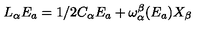
L _ { \alpha } E _ { a } = 1 / 2 C _ { \alpha } E _ { a } + { \omega _ { \alpha } ^ { \beta } } ( E _ { a } ) X _ { \beta }